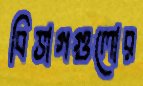
বিভাগগুলোর